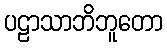
ပဠာသာဘိဘူတော